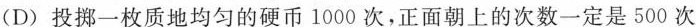
(D)投掷一枚质地均匀的硬币1000次，正面朝上的次数一定是500次